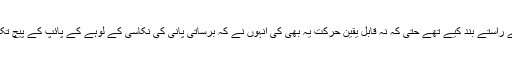
تین چار بار، جگہ جگہ سے راستے بند کیے تھے حتی کہ نہ قابل یقین حرکت یہ بھی کی انہوں نے کہ برساتی پانی کی نکاسی کے لوہے کے پائپ کے پیچ تک الگ کر کے رستہ بنا لیا۔